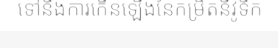
ទៅនឹងការកើនឡើងនៃកម្រិតនីវ៉ូទឹក